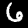
Label: 6